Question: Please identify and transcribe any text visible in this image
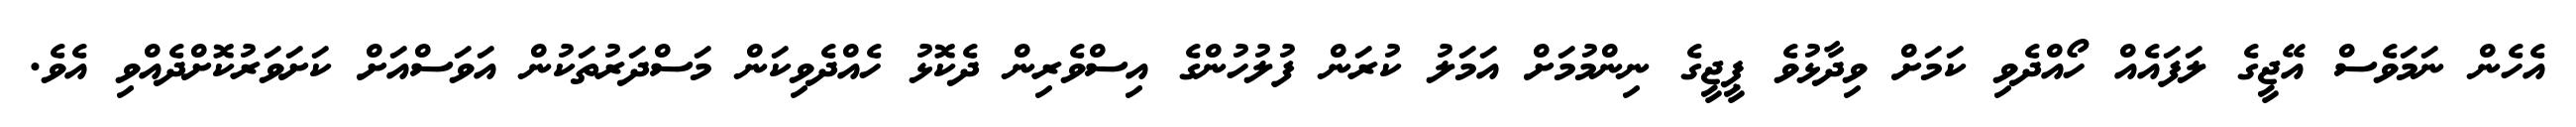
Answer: އެހެން ނަމަވެސް އޭޖީގެ ލަފައެއް ހޯއްދެވި ކަމަށް ވިދާޅުވެ ޕީޖީގެ ނިންމުމަށް އަމަލު ކުރަން ފުލުހުންގެ އިސްވެރިން ދެކޮޅު ހެއްދެވިކަން މަސްދަރުތަކުން އަވަސްއަށް ކަށަވަރުކޮށްދެއްވި އެވެ.